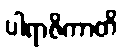
ပါရာဇိကာတိ